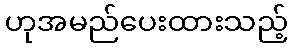
ဟုအမည်ပေးထားသည့်